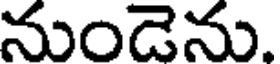
నుండెను.